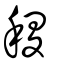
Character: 稷